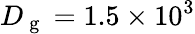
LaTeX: D_{\mathrm{~g~}}=1.5\times 10^{3}